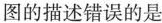
图的描述错误的是